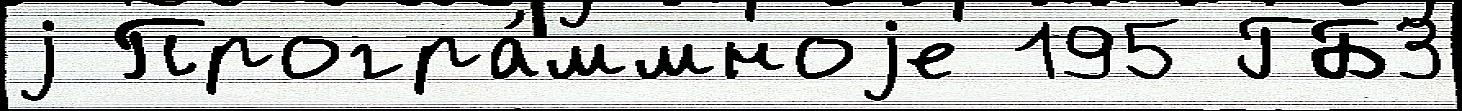
j Програ́ммноjе 195 ГБ3